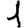
Digit: 1